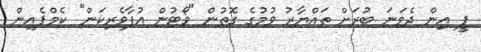
ޕީ އިން ދެވަނަ ބުރަށް ތައްޔާރު ވުމުގެ ގޮތުން "ވޯޓުން އުފާވެރިކަން" ކެމްޕެއިން